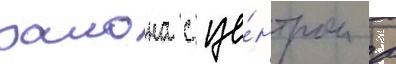
раиона с це́нтром в